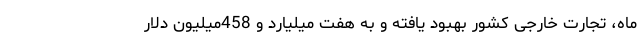
ماه، تجارت خارجی کشور بهبود یافته و به هفت میلیارد و 458میلیون دلار